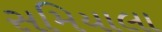
સમિયાલા